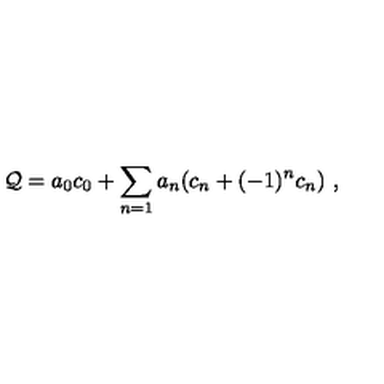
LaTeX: { \cal Q } = a _ { 0 } c _ { 0 } + \sum _ { n = 1 } a _ { n } ( c _ { n } + ( - 1 ) ^ { n } c _ { n } ) \ ,